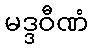
မဒ္ဒဝီဏံ